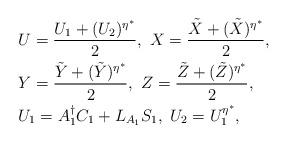
LaTeX: \begin{align*}&U=\frac{U_1+(U_2)^{\eta^{\ast}}}{2},\ X=\frac{\tilde{X}+(\tilde{X})^{\eta^{\ast}}}{2},\\ &Y=\frac{\tilde{Y}+(\tilde{Y})^{\eta^{\ast}}}{2},\ Z=\frac{\tilde{Z}+(\tilde{Z})^{\eta^{\ast}}}{2},\\&U_1=A_{1}^{\dagger}C_{1}+L_{A_{1}}S_1,\ U_2=U_1^{\eta^{\ast}},\\\end{align*}